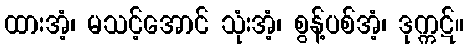
ထားအံ့၊ မသင့်အောင် သုံးအံ့၊ စွန့်ပစ်အံ့၊ ဒုက္ကဋ်။